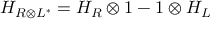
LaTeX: H _ { R \otimes L ^ { * } } = H _ { R } \otimes 1 - 1 \otimes H _ { L }